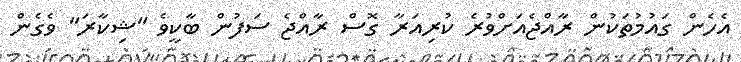
އެހެން ގައުމުތަކުން ރާއްޖެއަށްވުރެ ކުރިއަރާ ގޮސް ރާއްޖެ ސަފުން ބާކީވެ "ޝިކާރަ" ވެގެން